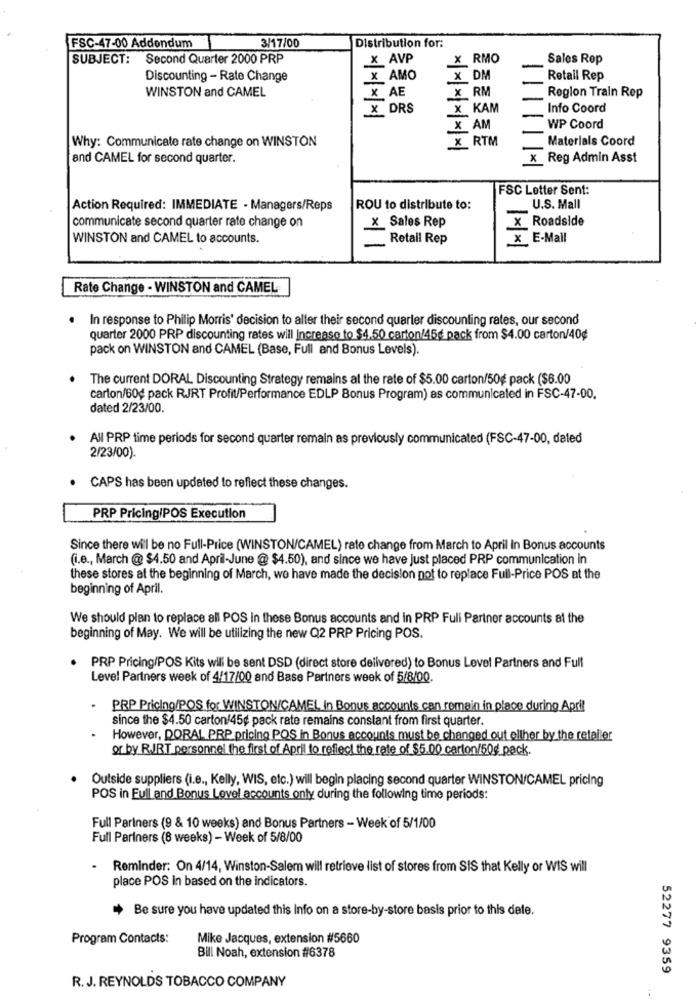
3/17/00
FSC-47-00 Addendum
Distribution for:
SUBJECT: Second Quarter 2000 PRP
x AVP
X RMO
Sales Rep
Discounting - Rate Change
X AMO
X DM
Retail Rep
WINSTON and CAMEL
Region Train Rep
X AE
X RM
X DRS
X KAM
Info Coord
X AM
WP Coord
Why: Communicate rate change on WINSTON
_X_RTM
Materials Coord
and CAMEL for second quarter.
x Reg Admin Asst
FSC Letter Sent:
Action Required: IMMEDIATE - Managers/Reps
ROU to distribute to:
U.S. Mall
X Sales Rep
communicate second quarter rate change on
x Roadside
WINSTON and CAMEL to accounts.
Retail Rep
x E-Mail
Rate Change - WINSTON and CAMEL
· In response to Philip Morris' decision to alter their second quarter discounting rates, our second
quarter 2000 PRP discounting rates will Increase to $4.50 carton/45g pack from $4.00 carton/40¢
pack on WINSTON and CAMEL (Base, Full and Bonus Levels).
The current DORAL Discounting Strategy remains al the rate of $5.00 carton/50g pack ($6.00
carton/60¢ pack RJRT Profit/Performance EDLP Bonus Program) as communicated in FSC-47-00,
dated 2/23/00.
All PRP time periods for second quarter remain as previously communicated (FSC-47-00, daled
2/23/00).
CAPS has been updated to reflect these changes.
PRP PricingIPOS Execution
Since there will be no Full-Price (WINSTON/CAMEL) rate change from March to April in Bonus accounts
(i.e ., March @ $4.50 and April-June @ $4.50), and since we have just placed PRP communication in
these stores at the beginning of March, we have made the decision not to replace Full-Price POS at the
beginning of April.
We should plan to replace all POS in these Bonus accounts and in PRP Full Partner accounts at the
beginning of May. We will be utilizing the new Q2 PRP Pricing POS.
PRP Pricing/POS Kits wil be sent DSD (direct store deilvered) to Bonus Level Partners and Full
Level Partners week of 4/17/00 and Base Partners week of 5/8/00.
.
PRP Pricing/POS for WINSTON/CAMEL In Bonus accounts can remain in place during April
since the $4.50 carton/45g pack rate remains constant from first quarter.
However, DORAL PRP pricing POS in Bonus accounts must be changed out ollher by the retailer
or by RJRT personnel the first of April to reflect the rate of $5.00 carton/50g pack.
Outside suppliers (i.e ., Kelly, WIS, etc.) will begin placing second quarter WINSTON/CAMEL pricing
POS in Full and Bonus Lovel accounts only during the following time periods:
Full Partners (9 & 10 weeks) and Bonus Partners - Week of 5/1/00
Full Partners (8 weeks) - Week of 5/8/00
.
Reminder: On 4/14, Winston-Salem will retrieve list of stores from SIS that Kelly or WIS will
place POS in based on the indicators.
Be sure you have updated this info on a store-by-store basis prior to this date.
Program Contacts:
Mike Jacques, extension #5660
Bill Noah, extension #6378
52277 9359
R. J. REYNOLDS TOBACCO COMPANY